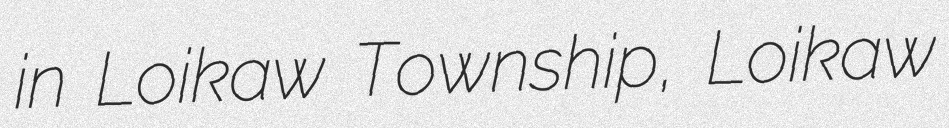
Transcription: in Loikaw Township, Loikaw